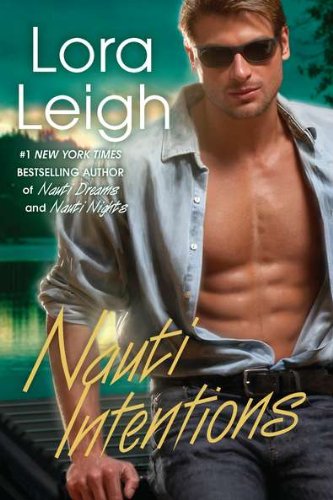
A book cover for Nauti Intentions (Nauti Boys, Book 4); Lora Leigh; Romance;